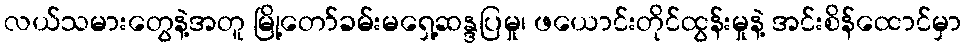
လယ်သမားတွေနဲ့အတူ မြို့တော်ခမ်းမရှေ့ဆန္ဒပြမှု၊ ဖယောင်းတိုင်ထွန်းမှုနဲ့ အင်းစိန်ထောင်မှာ